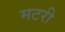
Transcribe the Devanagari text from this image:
मटरी